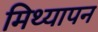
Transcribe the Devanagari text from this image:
मिथ्यापन